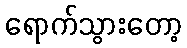
ရောက်သွားတော့